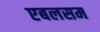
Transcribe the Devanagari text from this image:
एबलसम